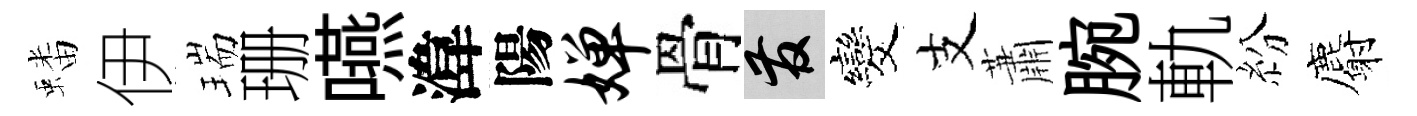
蟠伊瑞珊嚥湋陽婵骨發发支蕭腕軌紛麝